Leaving Certificate Examination (including Day School Certificate (Higher) General paper), 1930
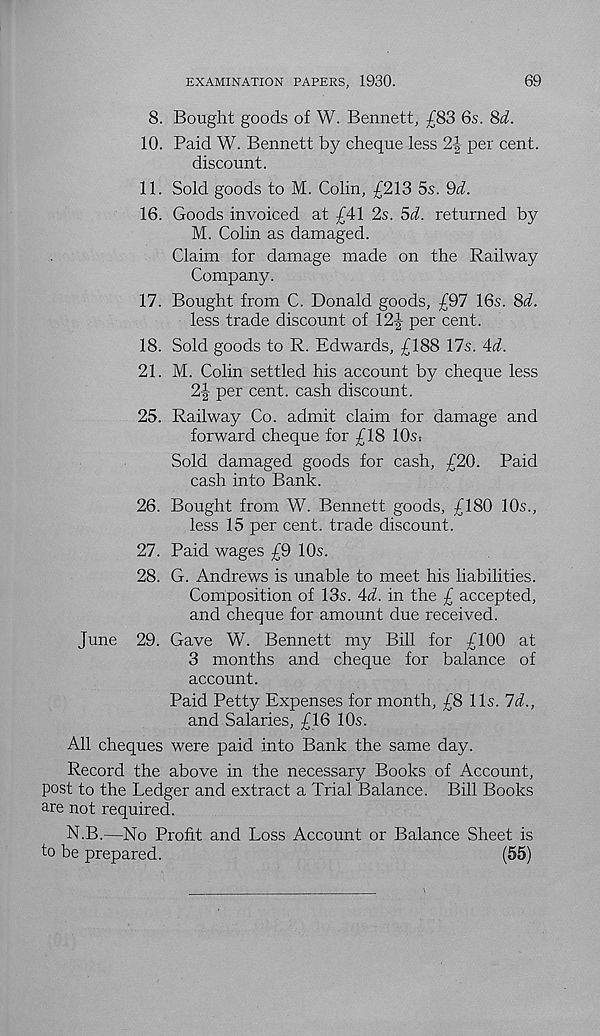
EXAMINATION PAPERS, 1930.
69
8. Bought goods of W. Bennett, £83 6s. 8d.
10. Paid W. Bennett by cheque less 2|- per cent.
discount.
11. Sold goods to M. Colin, £213 5s. 9d.
16. Goods invoiced at £41 2s. 5d. returned by
M. Colin as damaged.
Claim for damage made on the Railway
Company.
17. Bought from C. Donald goods, £97 16s. 8d.
less trade discount of 12|- per cent.
18. Sold goods to R. Edwards, £188 17s. 4d.
21. M. Colin settled his account by cheque less
2| per cent, cash discount.
25. Railway Co. admit claim for damage and
forward cheque for £18 10s:
Sold damaged goods for cash, £20. Paid
cash into Bank.
26. Bought from W. Bennett goods, £180 10s.,
less 15 per cent, trade discount.
27. Paid wages £9 10s.
28. G. Andrews is unable to meet his liabilities.
Composition of 13s. 4d. in the £ accepted,
and cheque for amount due received.
June 29. Gave W. Bennett my Bill for £100 at
3 months and cheque for balance of
account.
Paid Petty Expenses for month, £8 11s. 7d.,
and Salaries, £16 10s.
All cheques were paid into Bank the same day.
Record the above in the necessary Books of Account,
post to the Ledger and extract a Trial Balance. Bill Books
are not required.
N.B.—No Profit and Loss Account or Balance Sheet is
to be prepared.
(55)